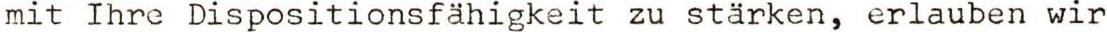
mit Ihre Dispositionsfähigkeit zu stärken, erlauben wir